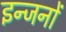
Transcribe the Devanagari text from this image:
इन्जनों